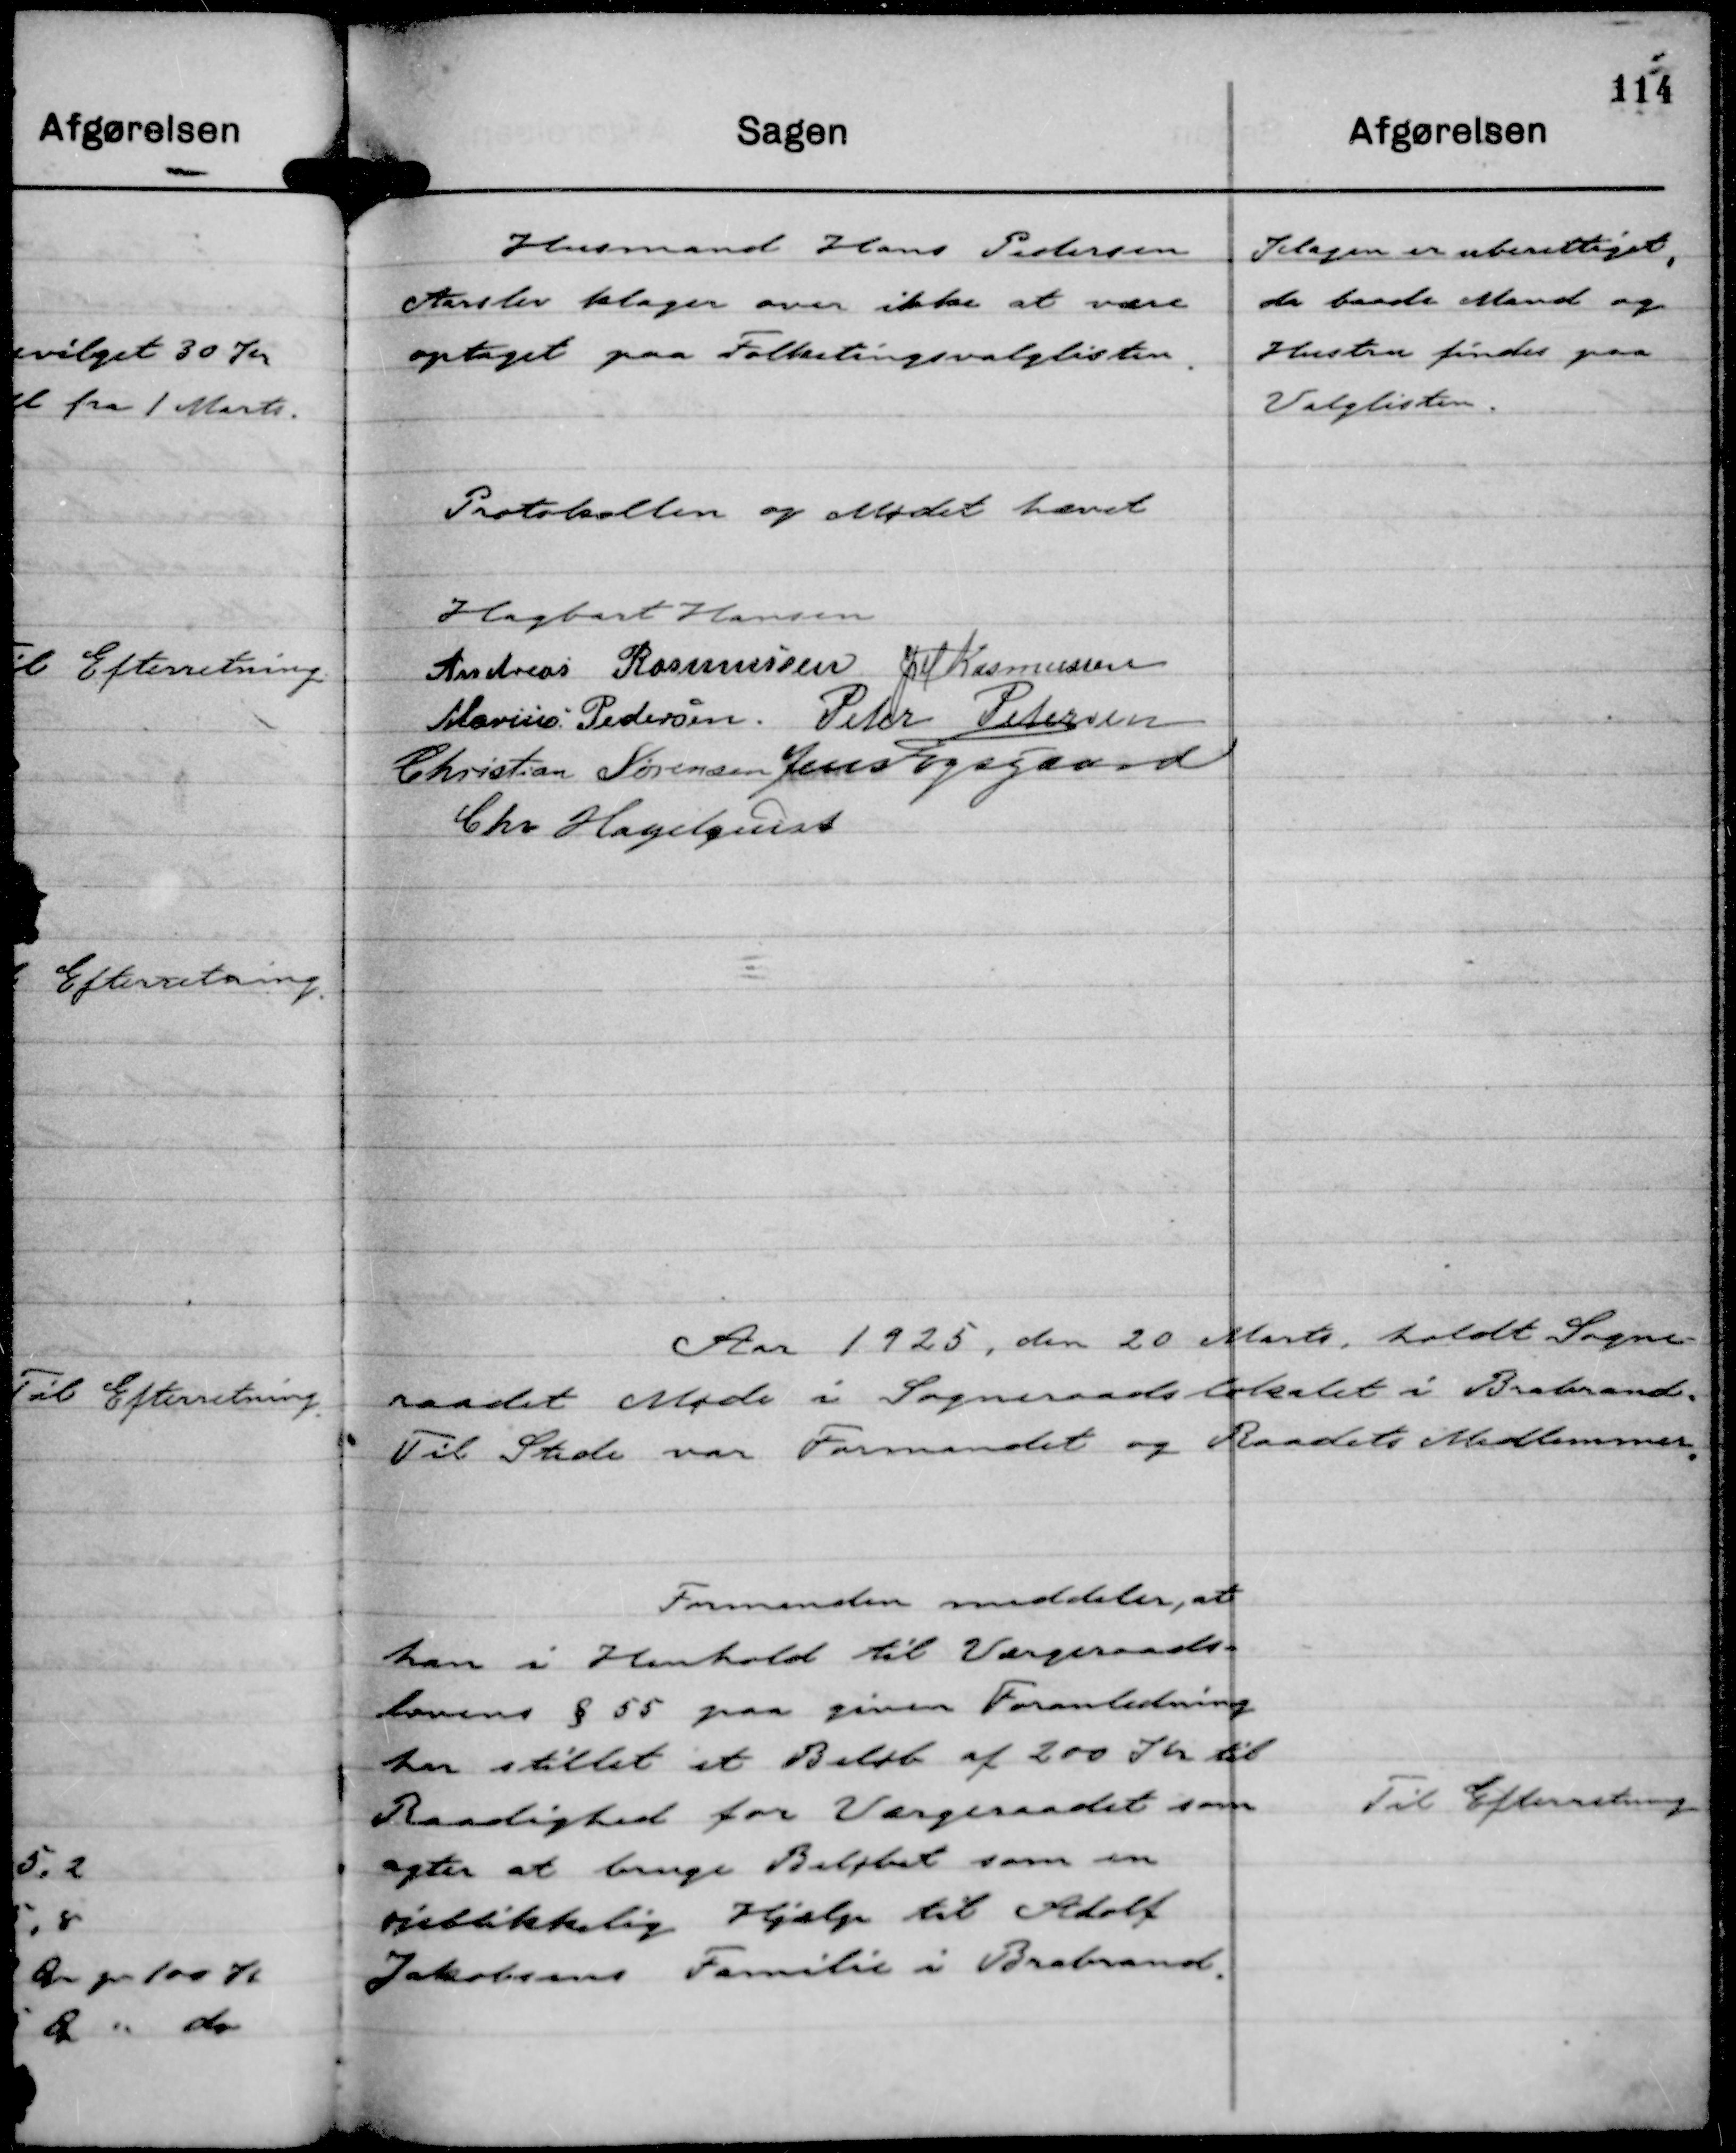
Transskription:
Husmand Hans Pedersen
Aarslev klager over ikke at være
optaget paa Folketingsvalglisten.

Klagen er uberettiget,
da baade Mand og
Hustru findes paa
Valglisten.

Protokollen og Mødet hævet
Hagbart Hansen
Andreas Rasmussen
JM Rasmussen
Marius Pedersen
Peter Petersen
Christian Sørensen
Jens Fogsgaard
Chr Hagelquist

Aar 1925, den 20 Marts holdt Sogne-
raadet Møde i Sogneraadslokalet i Brabrand,
Til Stede var Formanden og Raadets Medlemmer.

Formanden meddeler, at
han i Henhold til Værgerraads-
lovens § 55 paa given Foranledning
har stillet et Beløb af 200 Kr til
Raadighed for Værgeraadet som
agter at bruge Beløbet som en
øjeblikkelig Hjælp til Adolf
Jakobsens Familie i Brabrand.

Til Efterretning